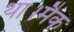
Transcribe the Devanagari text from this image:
था।मैक